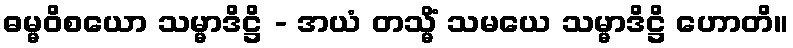
ဓမ္မဝိစယော သမ္မာဒိဋ္ဌိ - အယံ တသ္မိံ သမယေ သမ္မာဒိဋ္ဌိ ဟောတိ။